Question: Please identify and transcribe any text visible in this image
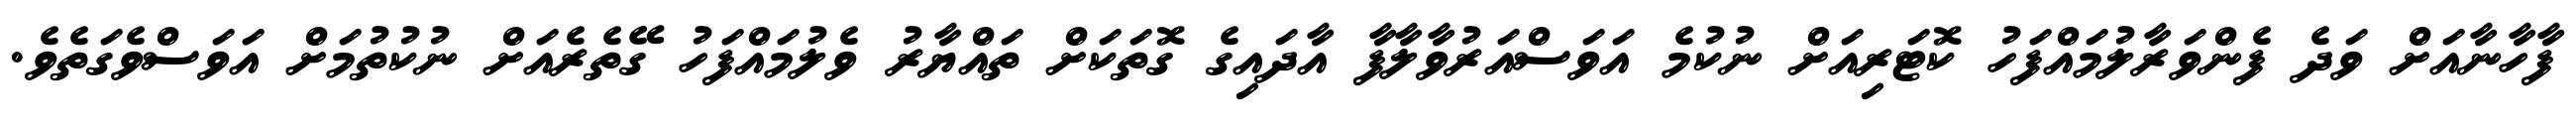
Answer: ފާހާނާއަށް ވަދެ ފެންވަރާލުމައްފަހު ކޮޓަރިއަށް ނުކުމެ އަވަސްއަރުވާލާފާ އާދައިގެ ގޮތަކަށް ތައްޔާރު ވެލުމައްފަހު ގޭތެރެއަށް ނުކުތުމަށް އަވަސްވެގަތެވެ.